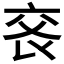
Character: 𠅕